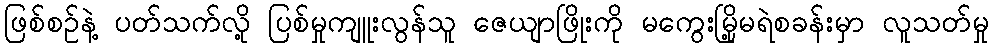
ဖြစ်စဉ်နဲ့ ပတ်သက်လို့ ပြစ်မှုကျူးလွန်သူ ဇေယျာဖြိုးကို မကွေးမြို့မရဲစခန်းမှာ လူသတ်မှု